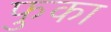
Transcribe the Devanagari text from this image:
फुका